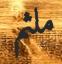
ملثم